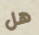
هل